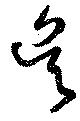
呉